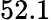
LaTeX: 52.1